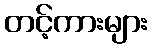
တင့်ကားများ